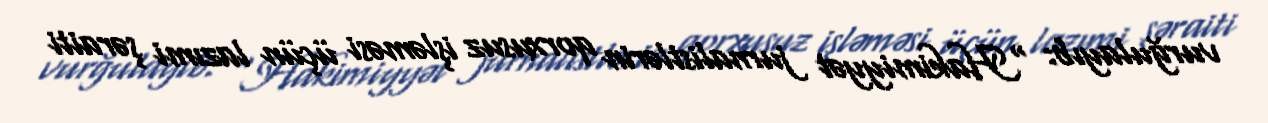
vurğulayıb: “Hakimiyyət jurnalistlərin qorxusuz işləməsi üçün lazımi şəraiti